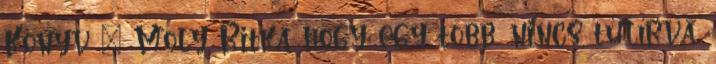
Könyv · Moly Ritka hogy egy több, nincs túlírva,